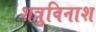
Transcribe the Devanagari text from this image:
शत्रुविनाश